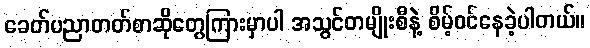
ခေတ်ပညာတတ်စာဆိုတွေကြားမှာပါ အသွင်တမျိုးစီနဲ့ စိမ့်ဝင်နေခဲ့ပါတယ်။